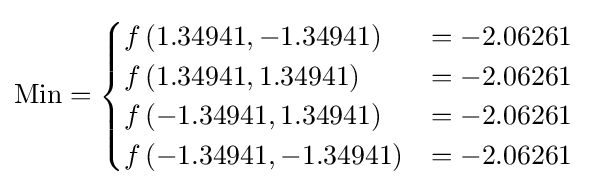
{\text{Min}}={\begin{cases}f\left(1.34941,-1.34941\right)&=-2.06261\\f\left(1.34941,1.34941\right)&=-2.06261\\f\left(-1.34941,1.34941\right)&=-2.06261\\f\left(-1.34941,-1.34941\right)&=-2.06261\\\end{cases}}